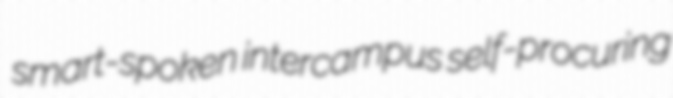
smart-spoken intercampus self-procuring